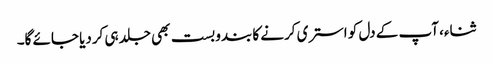
ثناء، آپ کے دل کو استری کرنے کا بندوبست بھی جلد ہی کردیا جائے گا۔